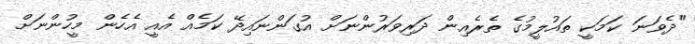
"ދެވަނަ ކަމަކީ ތައުލީމުގެ ތެރެއިން ދަރިވަރުންނަށް އުގަންނައިދޭ ކަމެއް އެއީ އެހެން މީހުންނަށް